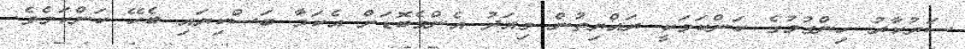
ސަރުކާރު ހިންގުމުގެ ކަންކަމަކީ ރައްޔިތުން މިއަދު އެންމެބޮޑަށް އެކަމާ ބަސްކިޔައި ބެހޭ ކަންކަމެވެ.